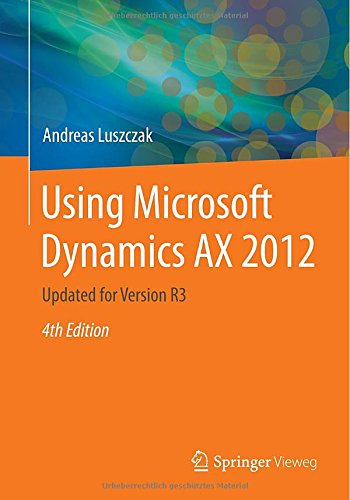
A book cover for Using Microsoft Dynamics AX 2012: Updated for Version R3; Andreas Luszczak; Computers & Technology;